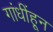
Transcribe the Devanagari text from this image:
गांधींहून